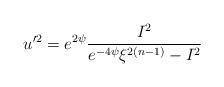
LaTeX: \begin{align*}u'^2= e^{2\psi} \frac{I^2 }{e^{-4\psi}\xi^{2(n-1)}-I^2}\end{align*}